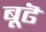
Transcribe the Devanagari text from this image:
बूढॆ